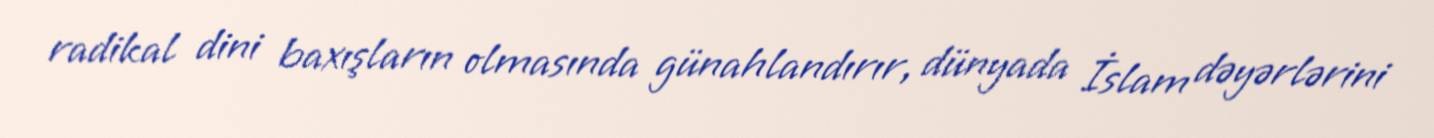
radikal dini baxışların olmasında günahlandırır, dünyada İslam dəyərlərini